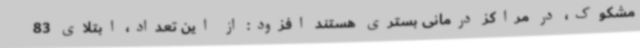
مشکوک، در مراکز درمانی بستری هستند افزود: از این تعداد، ابتلای 83